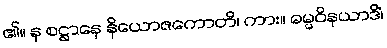
၏။ န စဋ္ဌာနေ နိယောဇကောတိ၊ ကား။ ဓမ္မဝိနယာဒိံ၊